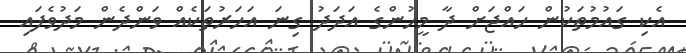
އެކި ގައުމުތަކުން ހައްޖަށް ދާ މީހުންގެ އަދަދު ގިނަ އަހަރުތަކެއް ވަންދެން މަދުވެފައި